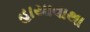
હાયાવાથા